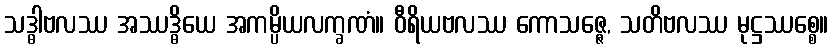
သဒ္ဓါဗလဿ အဿဒ္ဓိယေ အကမ္ပိယလက္ခဏံ။ ဝီရိယဗလဿ ကောသဇ္ဇေ, သတိဗလဿ မုဋ္ဌဿစ္စေ။